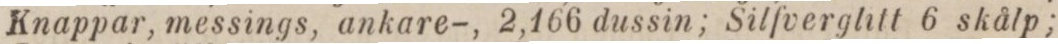
Knappar, messings, ankare-, 2,166 dussin; Silfverglitt 6 skålp;